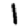
Digit: 1